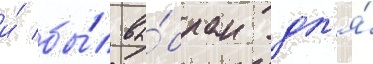
и́ бы́л вы́бран дл'я́